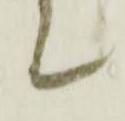
て